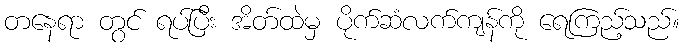
တနေရာ တွင် ရပ်ပြီး အိတ်ထဲမှ ပိုက်ဆံလက်ကျန်ကို ရေကြည့်သည်။